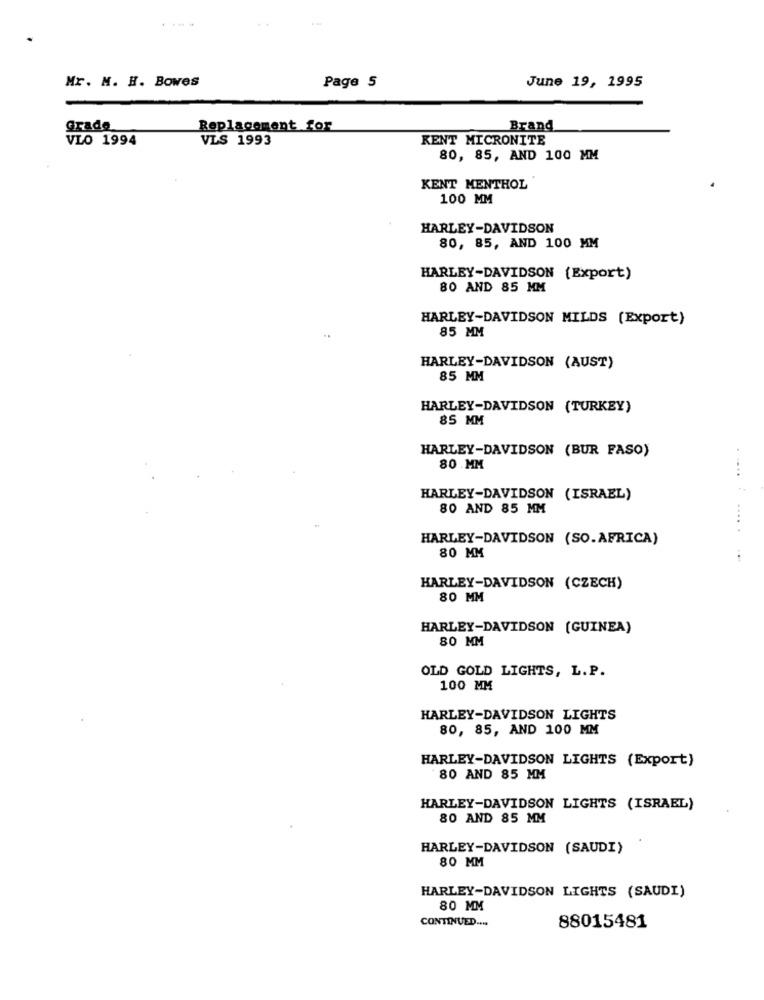
Mr. M. H. Bowes
June 19, 1995
Page 5
Grade
Replacement for
Brand
VLO 1994
VLS 1993
KENT MICRONITE
80, 85, AND 100 MM
KENT MENTHOL
100 MM
HARLEY-DAVIDSON
80, 85, AND 100 MM
HARLEY-DAVIDSON (Export)
80 AND 85 MM
HARLEY-DAVIDSON MILDS (Export)
85 MM
HARLEY-DAVIDSON (AUST)
85 MM
HARLEY-DAVIDSON (TURKEY)
85 MM
HARLEY-DAVIDSON (BUR FASO)
80 MM
HARLEY-DAVIDSON (ISRAEL)
80 AND 85 MM
...
HARLEY-DAVIDSON (SO.AFRICA)
80 MM
HARLEY-DAVIDSON (CZECH)
80 MM
HARLEY-DAVIDSON (GUINEA)
80 MM
OLD GOLD LIGHTS, L. P.
100 MM
HARLEY-DAVIDSON LIGHTS
80, 85, AND 100 MM
HARLEY-DAVIDSON LIGHTS (Export)
80 AND 85 MM
HARLEY-DAVIDSON LIGHTS (ISRAEL)
80 AND 85 MM
HARLEY-DAVIDSON (SAUDI)
80 MM
HARLEY-DAVIDSON LIGHTS (SAUDI)
80 MM
CONTINUED ....
88015481